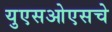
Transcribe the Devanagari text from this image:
युएसओएसचे